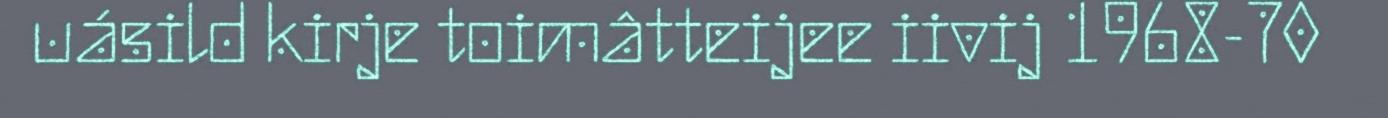
uásild kirje toimâtteijee iivij 1968-70